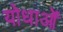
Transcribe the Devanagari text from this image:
योधाओं